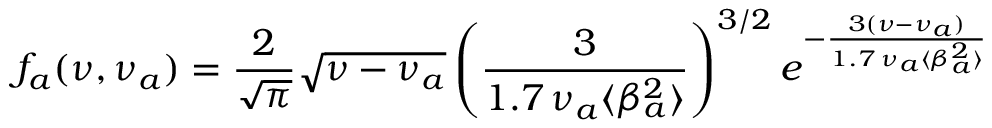
f _ { a } ( \nu , \nu _ { a } ) = \frac { 2 } { \sqrt { \pi } } \sqrt { \nu - \nu _ { a } } \left( \frac { 3 } { 1 . 7 \, \nu _ { a } \langle \beta _ { a } ^ { 2 } \rangle } \right) ^ { 3 / 2 } e ^ { - \frac { 3 ( \nu - \nu _ { a } ) } { 1 . 7 \, \nu _ { a } \langle \beta _ { a } ^ { 2 } \rangle } }